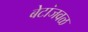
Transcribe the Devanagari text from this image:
बेटांजवळ